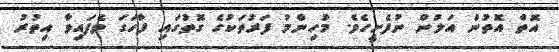
އޮތް އޮތުން އަލުން ނުފެށީހެވެ. މުހިންމު ފަރުތަކުގެ ގޮތުގައި ފާހަގަ ވެފައިވާ އިތުރު